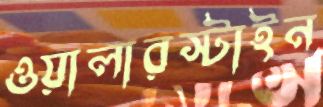
ওয়ালারস্টাইন